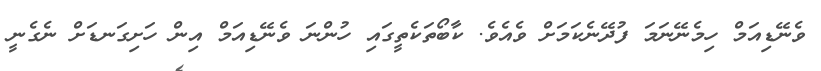
ވެނޭޑިއަމް ހިމެނޭނަމަ ފުދޭނެކަމަށް ވެއެވެ. ކާބޯތަކެތީގައި ހުންނަ ވެނޭޑިއަމް އިން ހަށިގަނޑަށް ނެގެނީ